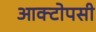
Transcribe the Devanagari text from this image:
आक्टोपसी